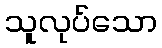
သူလုပ်သော